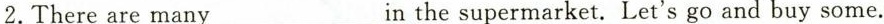
2.There are many ___in the supermaeket. Let’s go and buy some.